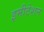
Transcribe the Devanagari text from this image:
इमीटेशन